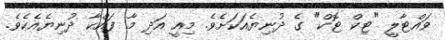
ވައްޓާލީ "ޓިކް ޓޮކް" ގެ ދުނިޔެއަކަށެވެ. މިއީ އަދި މާ ފައްކާ ދުނިޔެއެކެވެ.